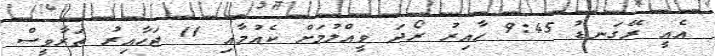
އެއީ ރޭގަނޑު 9:45 ހާއިރު ރޯދަ ވީއްލުމަށް ކެއުމާއި 11 ޖަހާއިރު ތަރާވީސް